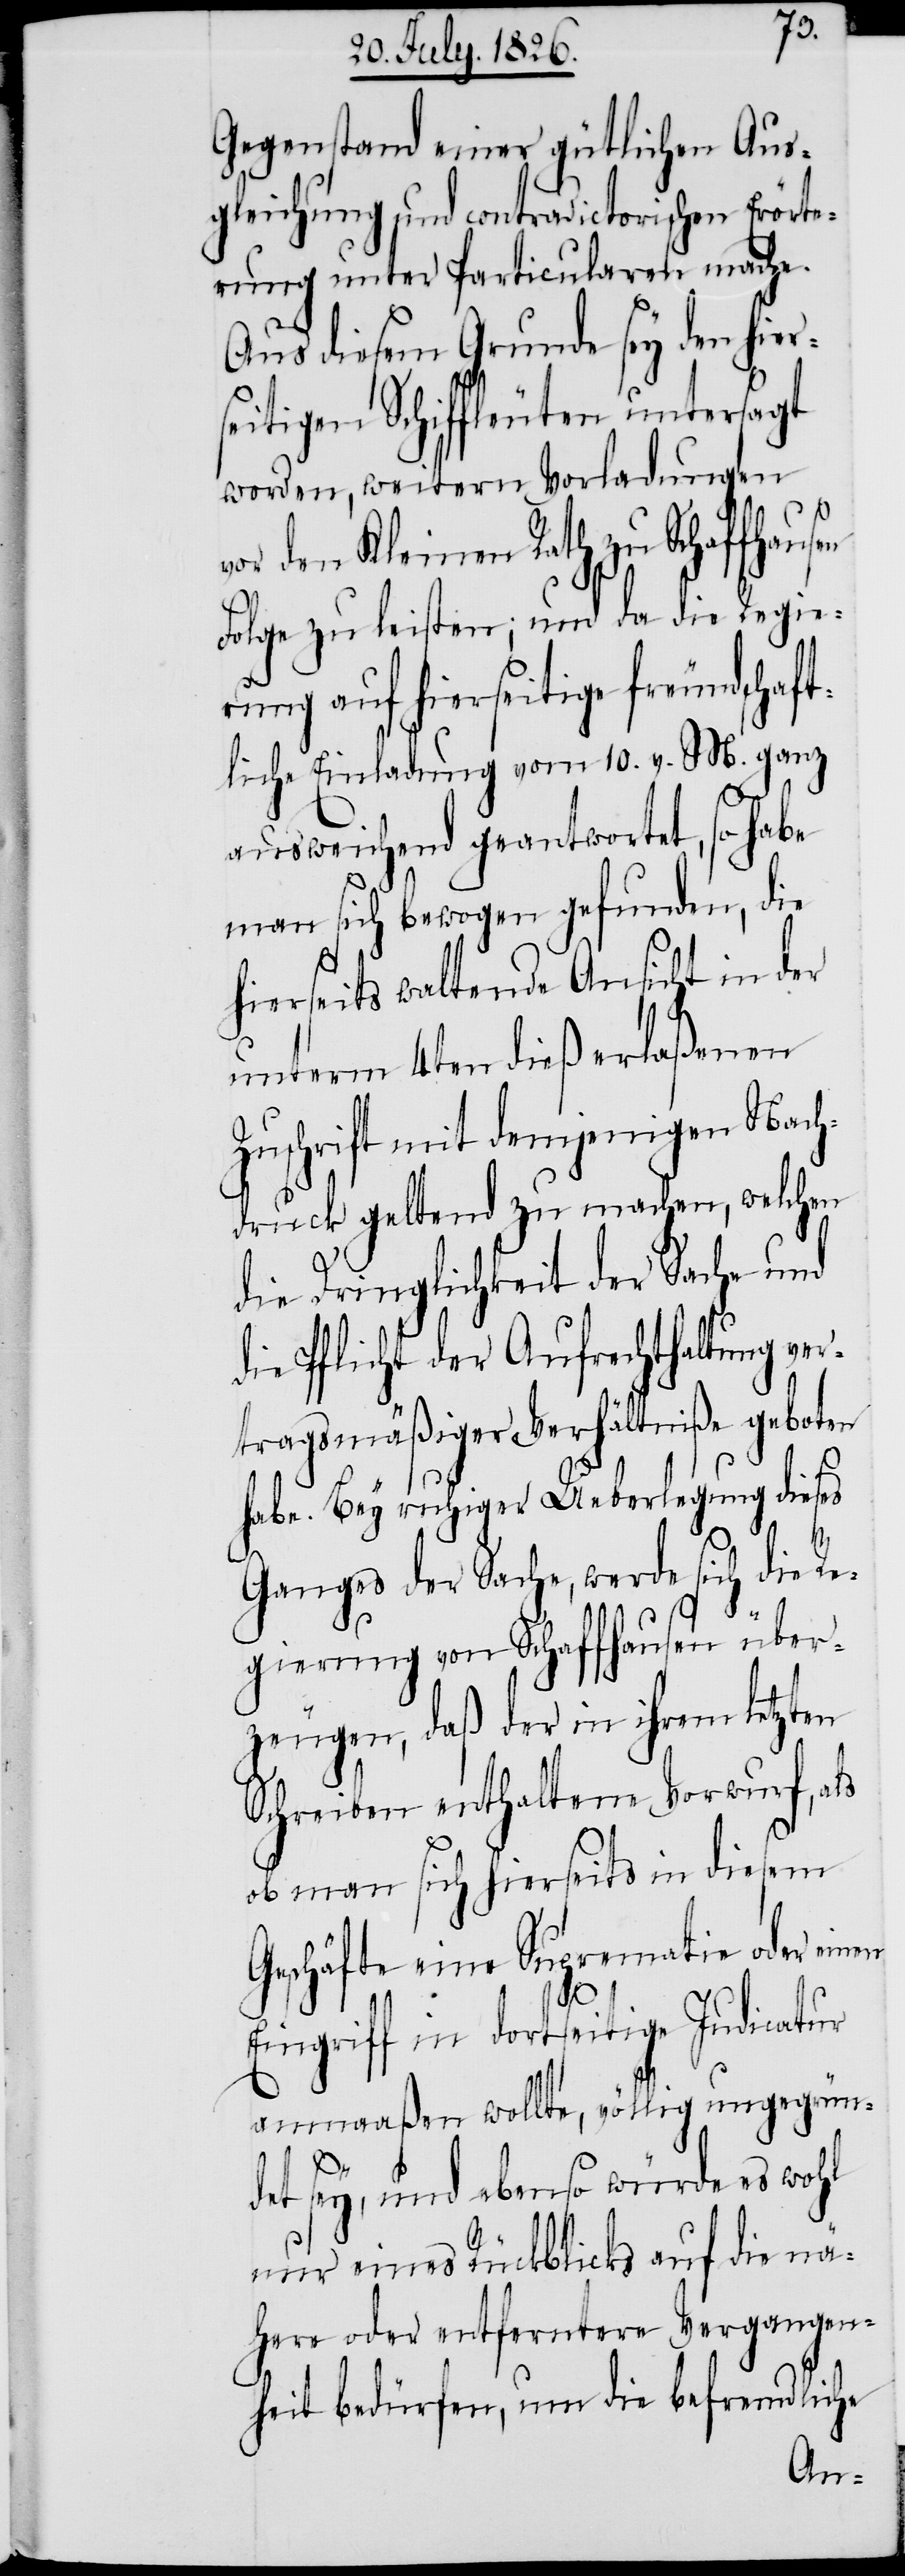
Gegenstand einer gütlichen Aus¬
gleichung und contradictorischen Erörte¬
rung unter Particularen mache.
Aus diesem Grunde sey den hier¬
seitigen Schiffleuten untersagt
worden, weitern Vorladungen
or den Kleinen Rath zu Schaffhaus¬
Folge zu leisten; und da die Regie¬
rung auf hierseitige freundschaft¬
liche Einladung vom 10. v. M. ganz
ausweichend geantwortet, so habe
man sich bewogen gefunden, die
hierseits waltende Ansicht in der
unterm 4ten dieß erlaßenen
Zuschrift mit demjenigen Nach¬
druck geltend zu machen, welchen
die Dringlichkeit der Sache und
die Pflicht der Aufrechthaltung ver¬
tragsgemäßiger Verhältniße geboten
habe. Bey ruhiger Ueberlegung dieses
en
Ganges der Sache, werde sich die Re¬
gierung von Schaffhausen über¬
zeugen, daß der in ihrem letzten
Schreiben enthaltene Vorwurf, als
ob man sich hierseits in diesem
Geschäfte eine Suprematie oder ein¬
en
Eingriff in dortseitige Indicatur
anmaaßen wollte, völlig ungegrün¬
det sey, und ebenso würde es wohl
nur eines Rückblicks auf die nä¬
here oder entferntere Vergangen¬
heit bedürfen, um die befremdliche